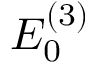
E _ { 0 } ^ { ( 3 ) }